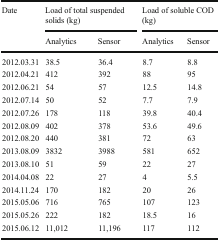
| <ROWSPAN=2> Date | <COLSPAN=2> Load of total suspended solids (kg) | <COLSPAN=2> Load of soluble COD (kg) |
 | Analytics | Sensor | Analytics | Sensor |
 | --- | --- | --- | --- | --- |
 | 2012.03.31 | 38.5 | 36.4 | 8.7 | 8.8 |
 | 2012.04.21 | 412 | 392 | 88 | 95 |
 | 2012.06.21 | 54 | 57 | 12.5 | 14.8 |
 | 2012.07.14 | 50 | 52 | 7.7 | 7.9 |
 | 2012.07.26 | 178 | 118 | 39.8 | 40.4 |
 | 2012.08.09 | 402 | 378 | 53.6 | 49.6 |
 | 2012.08.20 | 440 | 381 | 72 | 63 |
 | 2013.08.09 | 3832 | 3988 | 581 | 652 |
 | 2013.08.10 | 51 | 59 | 22 | 27 |
 | 2014.04.08 | 22 | 27 | 4 | 5.5 |
 | 2014.11.24 | 170 | 182 | 20 | 26 |
 | 2015.05.06 | 716 | 765 | 107 | 123 |
 | 2015.05.26 | 222 | 182 | 18.5 | 16 |
 | 2015.06.12 | 11,012 | 11,196 | 117 | 112 |